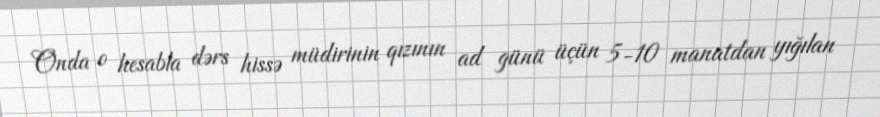
Onda o hesabla dərs hissə müdirinin qızının ad günü üçün 5-10 manatdan yığılan